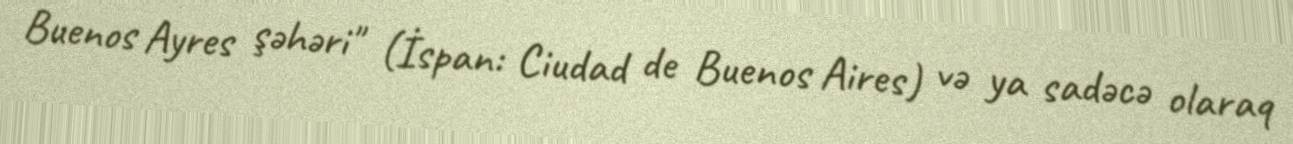
Buenos Ayres şəhəri" (İspan: Ciudad de Buenos Aires) və ya sadəcə olaraq